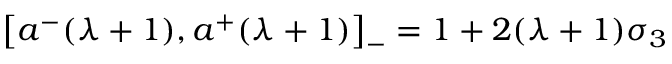
\left[ a ^ { - } ( \lambda + 1 ) , a ^ { + } ( \lambda + 1 ) \right] _ { - } = 1 + 2 ( \lambda + 1 ) \sigma _ { 3 }